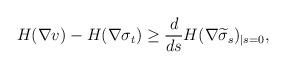
LaTeX: \begin{align*}H(\nabla v)-H(\nabla \sigma_t)\ge \frac{d}{ds} H(\nabla\widetilde\sigma_s)_{|s=0},\end{align*}